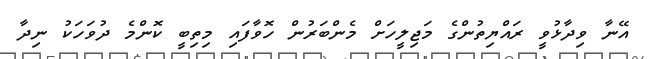
އޭނާ ވިދާޅުވީ ރައްޔިތުންގެ މަޖިލީހަށް މެންބަރުން ހޮވާފައި މިތިބީ ކޮންމެ ދުވަހަކު ނިދާ